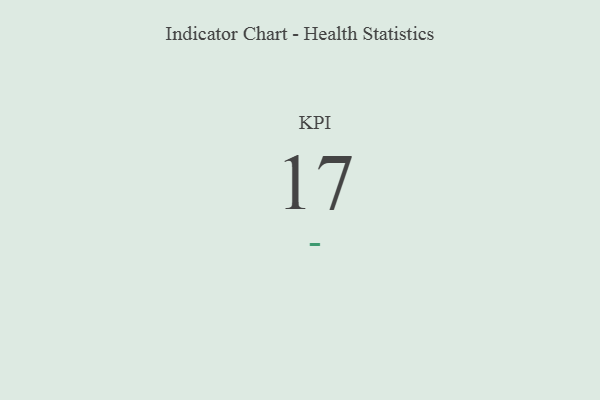
{"axis": {"x": "KPI", "y": "Value"}, "legend": [""], "data": [{"x": "KPI", "y": 17, "type": ""}]}